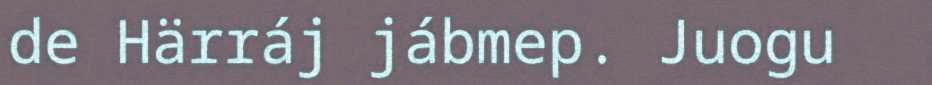
de Härráj jábmep. Juogu